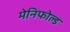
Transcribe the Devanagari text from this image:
मेनिफोल्ड